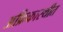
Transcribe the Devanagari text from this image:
अफ्रिकास्थीत